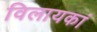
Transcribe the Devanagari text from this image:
विलायकां